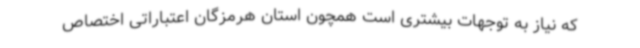
که نیاز به توجهات بیشتری است همچون استان هرمزگان اعتباراتی اختصاص